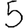
Digit: 5